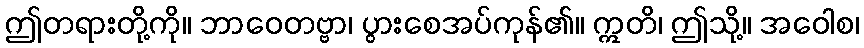
ဤတရားတို့ကို။ ဘာဝေတဗ္ဗာ၊ ပွားစေအပ်ကုန်၏။ ဣတိ၊ ဤသို့။ အဝေါစ၊